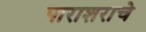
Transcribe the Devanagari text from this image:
पाराशराचे